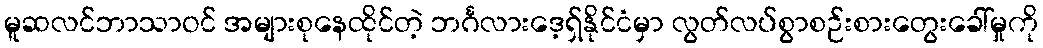
မူဆလင်ဘာသာဝင် အများစုနေထိုင်တဲ့ ဘင်္ဂလားဒေ့ရှ်နိုင်ငံမှာ လွတ်လပ်စွာစဉ်းစားတွေးခေါ်မှုကို